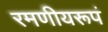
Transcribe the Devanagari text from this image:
रमणीयरूपं